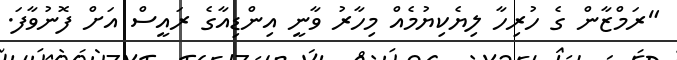
"ރަމްޒާން ގެ ހުރިހާ ލިޔެކިޔުމެއް މިހާރު ވާނީ އިންޑިއާގެ ރައީސް އަށް ފޮނުވާފަ.